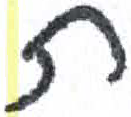
אות: ת